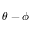
\theta - \phi